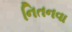
નિતનવા